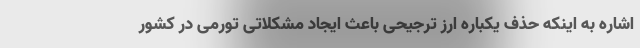
اشاره به اینکه حذف یکباره ارز ترجیحی باعث ایجاد مشکلاتی تورمی در کشور